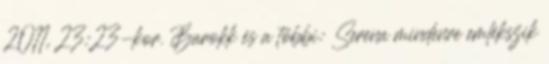
2011, 23:23-kor. Barokk és a többi: Serena mindenre emlékszik